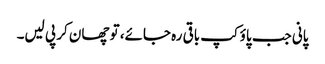
پانی جب پاؤکپ باقی رہ جائے، تو چھان کر پی لیں۔